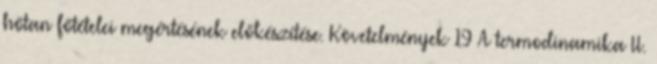
hőtan főtételei megértésének előkészítése. Követelmények 19 A termodinamika II.